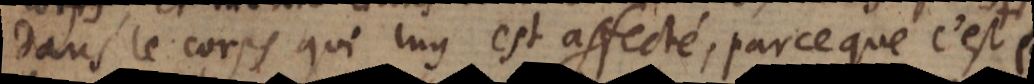
dans le corps qui luy est affecté, parce que c’est